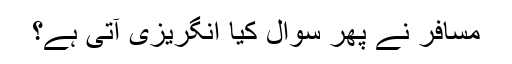
مسافر نے پھر سوال کیا انگریزی آتی ہے؟